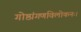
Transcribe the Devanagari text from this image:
गोष्ठांगणविलोकनः।